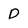
Character: D